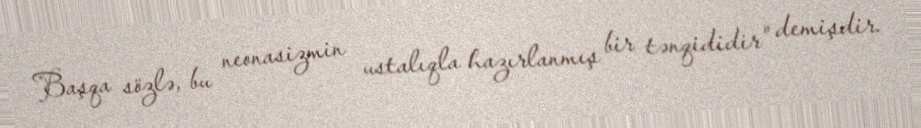
Başqa sözlə, bu neonasizmin ustalıqla hazırlanmış bir tənqididir" demişdir.